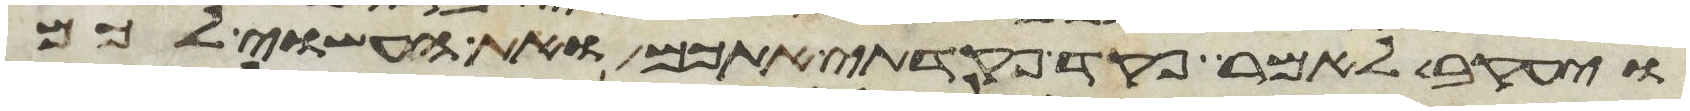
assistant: ויעקב לאמר פקד פקדתי אתכם ואת העשוי לכם